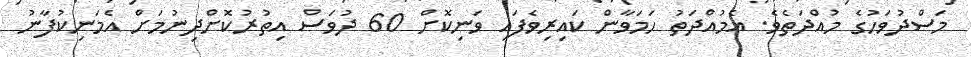
މަސްދުވަހުގެ މުއްދަތެވެ. އެމުއްދަތު ހަމަވާން ކައިރިވެފައި ވަނިކޮށް 60 ދުވަސް އިތުރުކޮށްދިނުމަށް އެމަނިކުފާނު